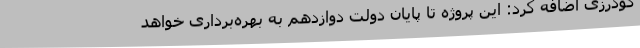
گودرزی اضافه کرد: این پروژه تا پایان دولت دوازدهم به بهره‌برداری خواهد